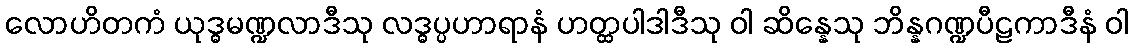
လောဟိတကံ ယုဒ္ဓမဏ္ဍလာဒီသု လဒ္ဓပ္ပဟာရာနံ ဟတ္ထပါဒါဒီသု ဝါ ဆိန္နေသု ဘိန္နဂဏ္ဍပီဠကာဒီနံ ဝါ